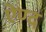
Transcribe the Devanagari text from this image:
ऐण्द